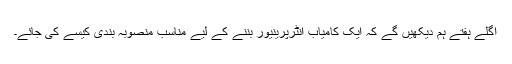
اگلے ہفتے ہم دیکھیں گے کہ ایک کامیاب انٹرپرینیور بننے کے لیے مناسب منصوبہ بندی کیسے کی جائے۔